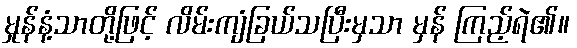
မှုန်နံ့သာတို့ဖြင့် လိမ်းကျံခြယ်သပြီးမှသာ မှန် ကြည့်ရဲ၏။